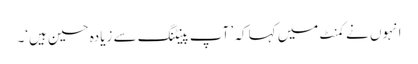
انہوں نے کمنٹ میں کہا کہ ’ آپ پینٹنگ سے زیادہ حسین ہیں‘۔